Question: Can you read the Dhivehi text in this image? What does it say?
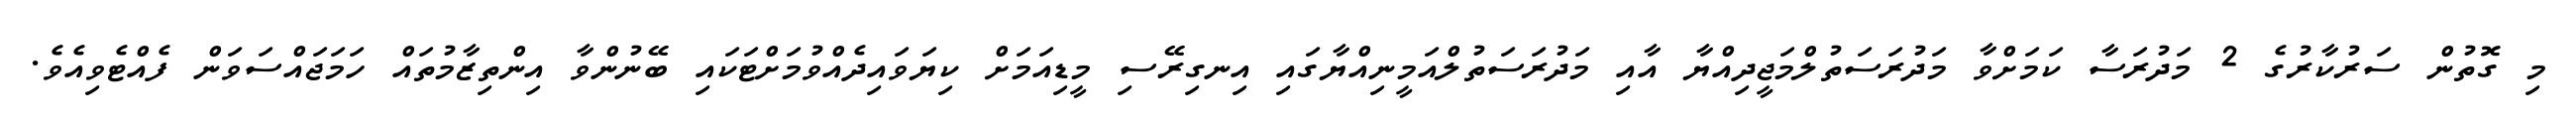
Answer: މި ގޮތުން ސަރުކާރުގެ 2 މަދުރަސާ ކަމަށްވާ މަދުރަސަތުލްމަޖީދިއްޔާ އާއި މަދުރަސަތުލްއަމީނިއްޔާގައި އިނގިރޭސި މީޑިއަމަށް ކިޔަވައިދެއްވުމަށްޓަކައި ބޭނުންވާ އިންތިޒާމުތައް ހަމަޖައްސަވަން ފެއްޓެވިއެވެ.